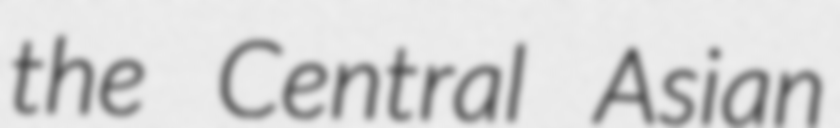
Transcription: the Central Asian